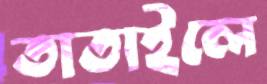
তাতাইলে